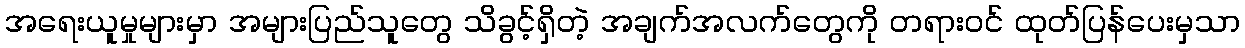
အရေးယူမှုများမှာ အများပြည်သူတွေ သိခွင့်ရှိတဲ့ အချက်အလက်တွေကို တရားဝင် ထုတ်ပြန်ပေးမှသာ